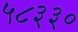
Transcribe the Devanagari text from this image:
५८३३०